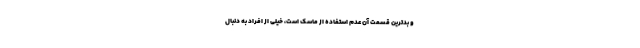
و بدترین قسمت آن عدم استفاده از ماسک است، خیلی از افراد به دنبال